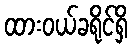
ထားဝယ်ခရိုင်ရှိ